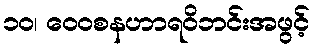
၁၀၊ ဝေဝစနဟာရဝိဘင်းအဖွင့်